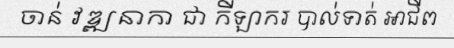
ចាន់ វឌ្ឍនាកា ជា កីឡាករ បាល់ទាត់ អាជីព